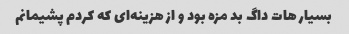
بسیار هات داگ بد مزه بود و از هزینه‌ای که کردم پشیمانم